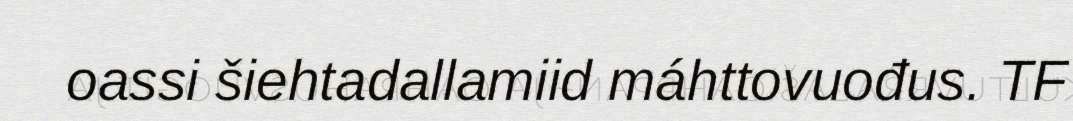
oassi šiehtadallamiid máhttovuođus. TF